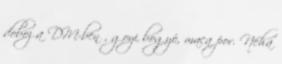
doboz a DM-ben , goyi bogyó, maca por. Néha